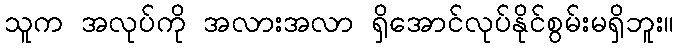
သူက အလုပ်ကို အလားအလာ ရှိအောင်လုပ်နိုင်စွမ်းမရှိဘူး။